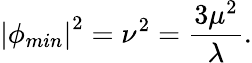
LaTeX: \left|\phi_{min}\right|^{2}=\nu^{2}=\frac{3\mu^{2}}{\lambda}.